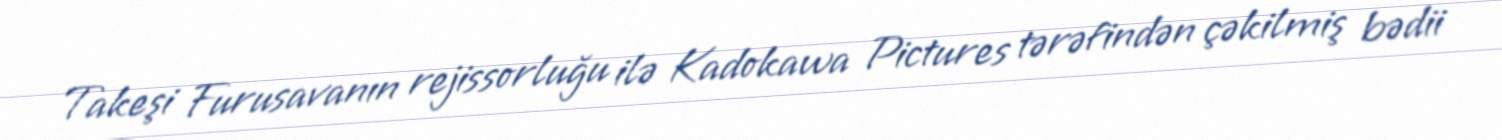
Takeşi Furusavanın rejissorluğu ilə Kadokawa Pictures tərəfindən çəkilmiş bədii